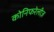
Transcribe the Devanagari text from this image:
कोनिफरेलीज़